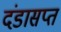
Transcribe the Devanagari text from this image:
दंडासप्त